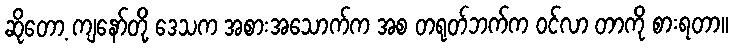
ဆိုတော့ ကျနော်တို့ ဒေသက အစားအသောက်က အစ တရုတ်ဘက်က ဝင်လာ တာကို စားရတာ။